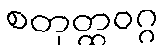
စတုတ္ထဝဂ္ဂ